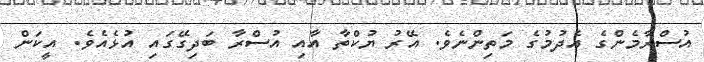
އުސްރާމެންގެ އެދުމުގެ މަތިންނެވެ. އޭރު ޔުކްތާ އާއި އުސްރާ ބަދިގޭގައި އުޅެއެވެ. އީކަން